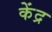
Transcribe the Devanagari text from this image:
केंद्र